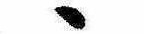
ゝ